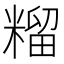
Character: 𮇶